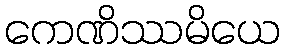
ကေဏိဿမိယေ